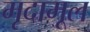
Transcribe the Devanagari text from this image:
मृदामूल